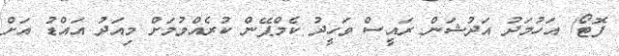
ފޮޓޯ/ އަހުމަދު އަދުޝަން ރައީސް ވަހީދު ކެމްޕޭން ކުރެއްވުމަށް މިއަދު އައްޑު އަށް